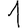
Digit: 1